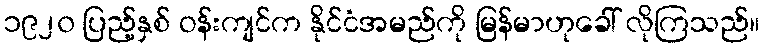
၁၉၂၀ ပြည့်နှစ် ဝန်းကျင်က နိုင်ငံအမည်ကို မြန်မာဟုခေါ် လိုကြသည်။